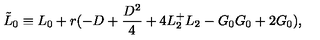
\tilde { L } _ { 0 } \equiv L _ { 0 } + r ( - D + \frac { D ^ { 2 } } { 4 } + 4 L _ { 2 } ^ { + } L _ { 2 } - G _ { 0 } G _ { 0 } + 2 G _ { 0 } ) ,